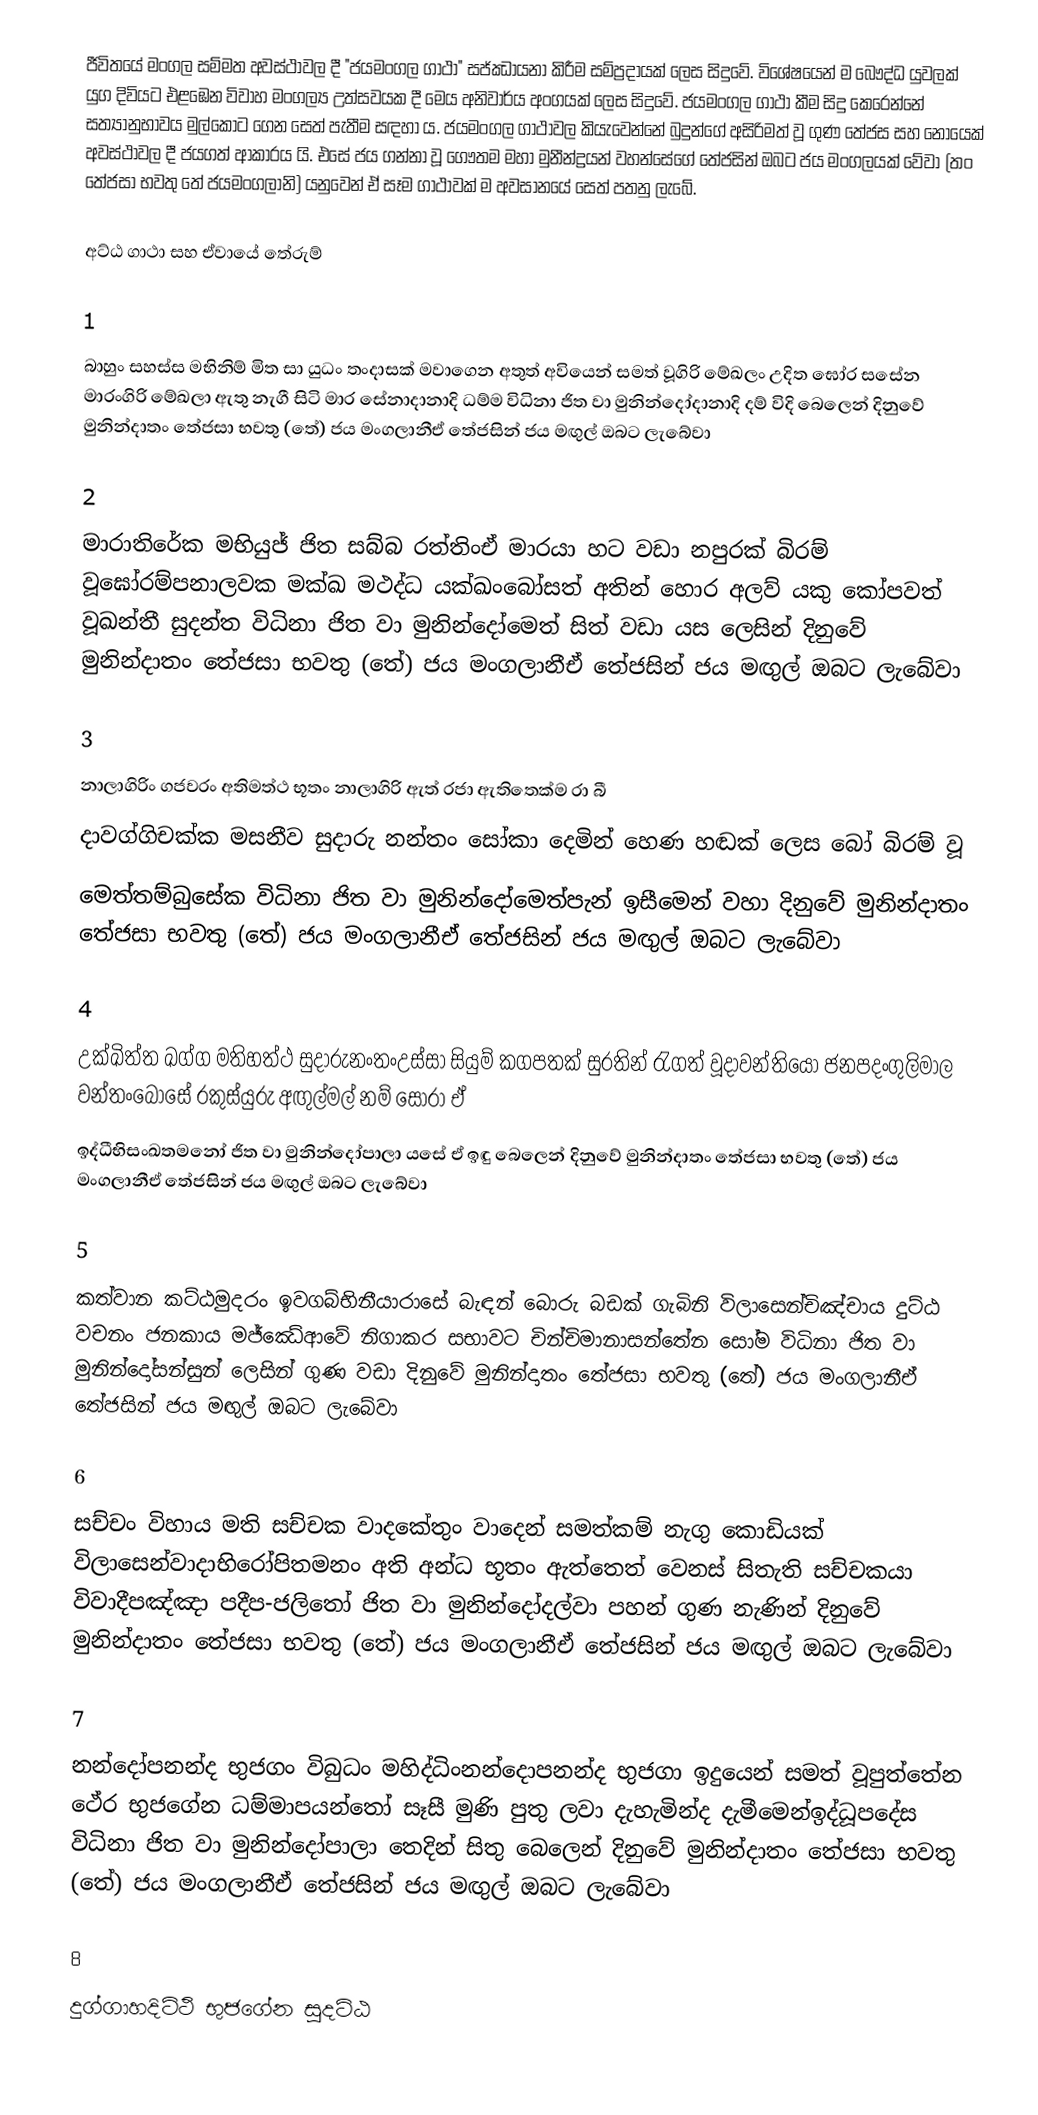
ජීවිතයේ මංගල සම්මත අවස්ථාවල දී "ජයමංගල ගාථා" සජ්ඣායනා කිරීම සම්ප්‍රදායක් ලෙස සිදුවේ. විශේෂයෙන් ම බෞද්ධ යුවලක් යුග දිවියට එළඹෙන විවාහ මංගල්‍ය උත්සවයක දී මෙය අනිවාර්ය අංගයක් ලෙස සිදුවේ. ජයමංගල ගාථා කීම සිදු කෙරෙන්නේ සත්‍යානුභාවය මුල්කොට ගෙන සෙත් පැතීම සඳහා ය. ජයමංගල ගාථාවල කියැවෙන්නේ බුදුන්ගේ අසිරිමත් වූ ගුණ තේජස සහ නොයෙක් අවස්ථාවල දී ජයගත් ආකාරය යි. එසේ ජය ගන්නා වූ ගෞතම මහා මුනීන්ද්‍රයන් වහන්සේගේ තේජසින් ඔබට ජය මංගලයක් වේවා (තං තේජසා භවතු තේ ජයමංගලානි) යනුවෙන් ඒ සෑම ගාථාවක් ම අවසානයේ සෙත් පතනු ලැබේ.

අට්ඨ ගාථා සහ ඒවායේ තේරුම්

1
බාහුං සහස්ස මභිනිම් මිත සා යුධං තංදාසක්‌ මවාගෙන අතුත් අවියෙන් සමත් වූගිරි මේඛලං උදිත ඝෝර සසේන මාරංගිරි මේඛලා ඇතු නැගී සිටි මාර සේනාදානාදි ධම්ම විධිනා ජිත වා මුනින්දෝදානාදි දම් විදි බෙලෙන් දිනුවේ මුනින්දාතං තේජසා භවතු (තේ) ජය මංගලානීඒ තේජසින් ජය මඟුල් ඔබට ලැබේවා

2
මාරාතිරේක මභියුජ් ජිත සබ්බ රත්තිංඒ මාරයා හට වඩා නපුරක්‌ බිරම් වූඝෝරම්පනාලවක මක්ඛ මථද්ධ යක්ඛංබෝසත් අතින් හොර අලව් යකු කෝපවත් වූඛන්තී සුදන්ත විධිනා ජිත වා මුනින්දෝමෙත් සිත් වඩා යස ලෙසින් දිනුවේ මුනින්දාතං තේජසා භවතු (තේ) ජය මංගලානීඒ තේජසින් ජය මඟුල් ඔබට ලැබේවා

3
නාලාගිරිං ගජවරං අතිමත්ථ භූතං	නාලාගිරි ඇත් රජා ඇතිතෙක්‌ම රා බී
දාවග්ගිචක්ක මසනීව සුදාරු නන්තං	සෝකා දෙමින් හෙණ හඬක්‌ ලෙස බෝ බිරම් වූ
මෙත්තම්බුසේක විධිනා ජිත වා මුනින්දෝමෙත්පැන් ඉසීමෙන් වහා දිනුවේ මුනින්දාතං තේජසා භවතු (තේ) ජය මංගලානීඒ තේජසින් ජය මඟුල් ඔබට ලැබේවා

4
උක්ඛිත්ත ඛග්ග මතිහත්ථ සුදාරුනංතංඋස්‌සා සියුම් කගපතක්‌ සුරතින් රැගත් වූදාවන්තියෝ ජනපදංගුලිමාල වන්තංබෝසේ රකුස්‌යුරු අඟුල්මල් නම් සොරා ඒ
ඉද්ධීභිසංඛතමනෝ ජිත වා මුනින්දෝපාලා යසේ ඒ ඉඳු බෙලෙන් දිනුවේ මුනින්දාතං තේජසා භවතු (තේ) ජය මංගලානීඒ තේජසින් ජය මඟුල් ඔබට ලැබේවා

5
කත්වාන කට්ඨමුදරං ඉවගබ්භිනීයාරාසේ බැඳන් බොරු බඩක්‌ ගැබිනි විලාසෙන්චිඤ්චාය දුට්ඨ වචනං ජනකාය මජ්ඣේආවේ නිගාකර සභාවට චින්චිමානාසන්තේන සෝම විධිනා ජිත වා මුනින්දෝසන්සුන් ලෙසින් ගුණ වඩා දිනුවේ මුනින්දාතං තේජසා භවතු (තේ) ජය මංගලානීඒ තේජසින් ජය මඟුල් ඔබට ලැබේවා

6
සච්චං විහාය මති සච්චක වාදකේතුං	වාදෙන් සමත්කම් නැගු කොඩියක්‌ විලාසෙන්වාදාභිරෝපිතමනං අති අන්ධ භූතං	ඇත්තෙත් වෙනස්‌ සිතැති සච්චකයා විවාදීපඤ්ඤා පදීප-ජලිතෝ ජිත වා මුනින්දෝදල්වා පහන් ගුණ නැණින් දිනුවේ මුනින්දාතං තේජසා භවතු (තේ) ජය මංගලානීඒ තේජසින් ජය මඟුල් ඔබට ලැබේවා

7
නන්දෝපනන්ද භුජගං විබුධං මහිද්ධිංනන්දොපනන්ද භුජගා ඉදුයෙන් සමත් වූපුත්තේන ථේර භුජගේන ධම්මාපයන්තෝ	සෑසී මුණි පුතු ලවා දැහැමින්ද දැමීමෙන්ඉද්ධූපදේස විධිනා ජිත වා මුනින්දෝපාලා තෙදින් සිතු බෙලෙන් දිනුවේ මුනින්දාතං තේජසා භවතු (තේ) ජය මංගලානීඒ තේජසින් ජය මඟුල් ඔබට ලැබේවා

8
දුග්ගාහදිට්ථි භුජගේන සුදට්ඨ